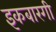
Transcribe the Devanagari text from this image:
इकबारगी